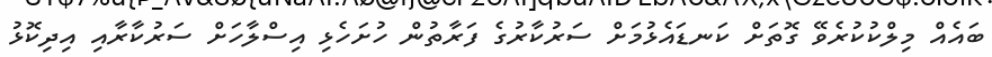
ބައެއް މިލްކުކުރެވޭ ގޮތަށް ކަނޑައެޅުމަށް ސަރުކާރުގެ ފަރާތުން ހުށަހެޅި އިސްލާހަށް ސަރުކާރާއި އިދިކޮޅު